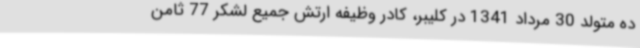
ده متولد 30 مرداد 1341 در کلیبر، کادر وظیفه ارتش جمیع لشکر 77 ثامن